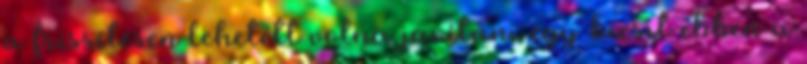
a frissítésen lehetett volna javítani egy kicsit ebben a